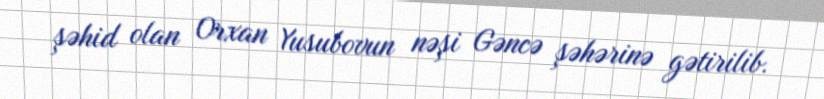
şəhid olan Orxan Yusubovun nəşi Gəncə şəhərinə gətirilib.